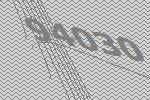
94030